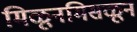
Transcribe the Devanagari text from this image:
मिळूनमिसळून